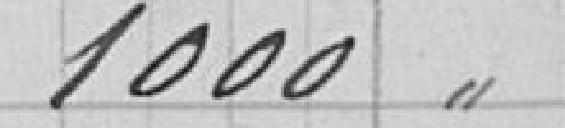
1 000